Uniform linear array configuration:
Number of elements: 64
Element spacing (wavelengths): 1
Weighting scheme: kaiser
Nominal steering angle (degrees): -60
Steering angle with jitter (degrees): -58.139
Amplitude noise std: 0.05
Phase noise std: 0.05

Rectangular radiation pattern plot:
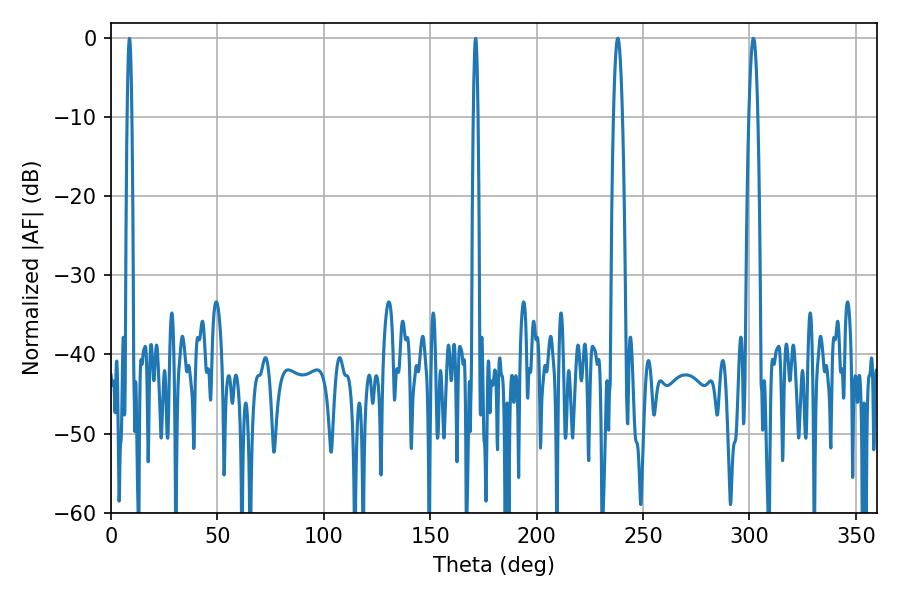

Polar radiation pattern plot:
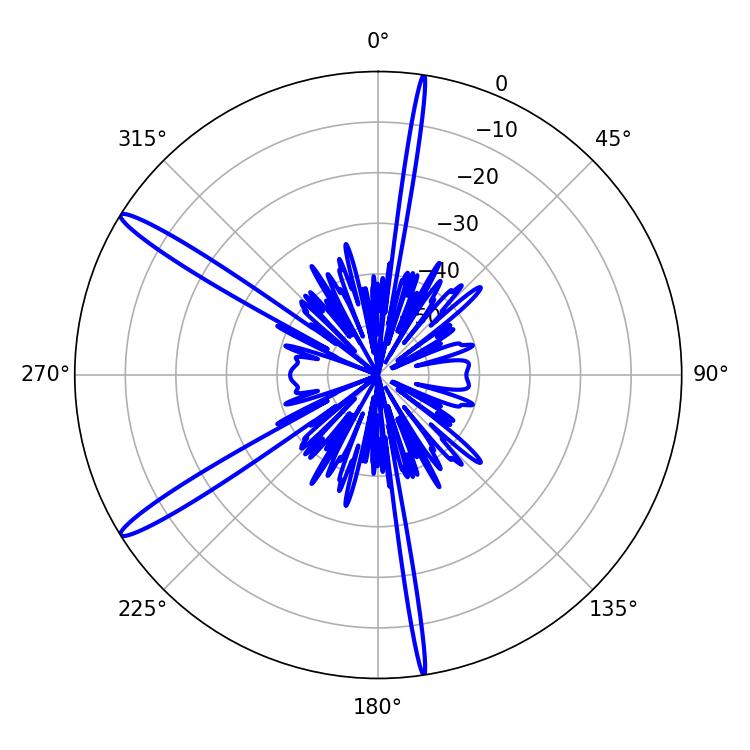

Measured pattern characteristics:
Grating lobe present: TRUE
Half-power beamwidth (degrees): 2.16
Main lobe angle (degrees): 238.14